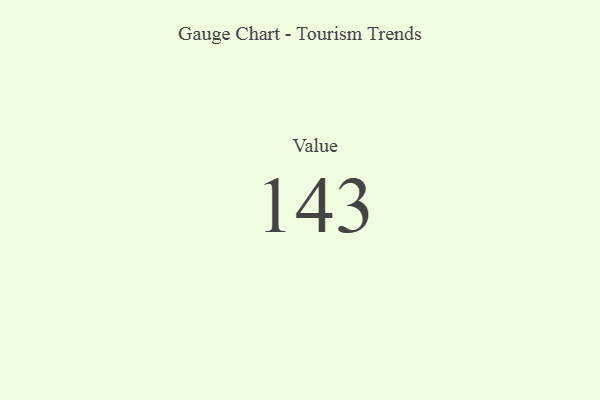
{"axis": {"x": "Metric", "y": "Value"}, "legend": [""], "data": [{"x": "Value", "y": 143, "type": ""}]}